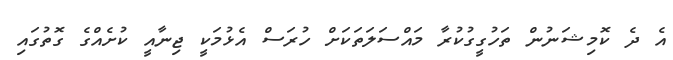
އެ ދެ ކޮމިޝަނުން ތަހުގީގުކުރާ މައްސަލަތަކަށް ހުރަސް އެޅުމަކީ ޖިނާއީ ކުށެއްގެ ގޮތުގައި